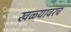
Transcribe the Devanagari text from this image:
खळ्यावरच